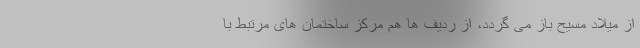
از میلاد مسیح باز می گردد، از ردیف ها هم مرکز ساختمان های مرتبط با